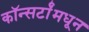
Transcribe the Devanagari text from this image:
कॉन्सर्टांंमधून